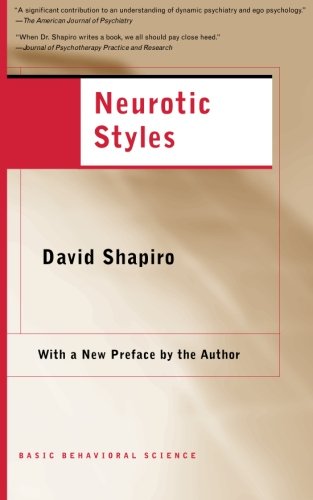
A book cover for Neurotic Styles (The Austen Riggs Center Monograph Series, No. 5); David Shapiro; Health, Fitness & Dieting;